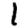
Digit: 1